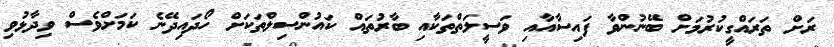
ރަށް ތަރައްގީކުރުމަށް ބޭނުންވާ ފައިސާއާއި ވަސީލަތްތަކާއި ބާރުތައް ކައުންސިލްތަކަށް ހޯދައިދޭނެ ކަަމަށްވެސް ވިދާޅުވި